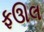
ફઊલ